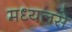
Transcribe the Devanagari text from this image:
मध्यलसे